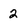
Character: 2